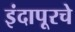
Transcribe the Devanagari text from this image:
इंदापूरचे